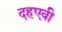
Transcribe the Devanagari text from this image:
दहएवी